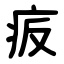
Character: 㽹